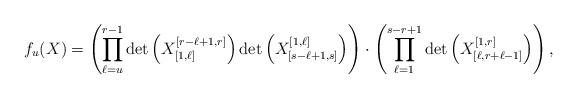
LaTeX: \begin{align*}f_u(X)=\left( \prod^{r-1}_{\ell=u} \det\left( X^{[r-\ell+1,r]}_{[1,\ell]}\right) \det\left( X^{[1,\ell]}_{[s-\ell+1 ,s]}\right)\right) \cdot \left(\prod^{s-r+1}_{\ell=1} \det\left( X^{[1,r]}_{[\ell,r+\ell-1]}\right)\right),\end{align*}